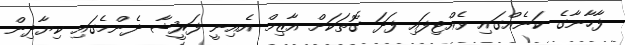
ފާހާނާގެ ކަނެއްގައި ވެއްޓިފައި ފަދަ ގޮތަކަށް އާޒިމް އެއިނީ ފަރީޝާ ދެންމެގައި ކިޔާދިން